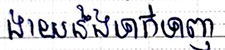
ងាយនឹងទាក់ទាញ